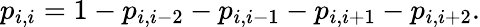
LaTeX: p_{i,i}=1-p_{i,i-2}-p_{i,i-1}-p_{i,i+1}-p_{i,i+2}.